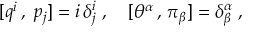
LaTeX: [ q ^ { i } \, , \; p _ { j } ] = i \, \delta _ { j } ^ { i } \; , \quad [ \theta ^ { \alpha } \, , \, \pi _ { \beta } ] = \delta _ { \beta } ^ { \alpha } \; ,